Report on the bubonic plague in Bombay, 1896-1897
Year: 1896
Disease focus: Plague
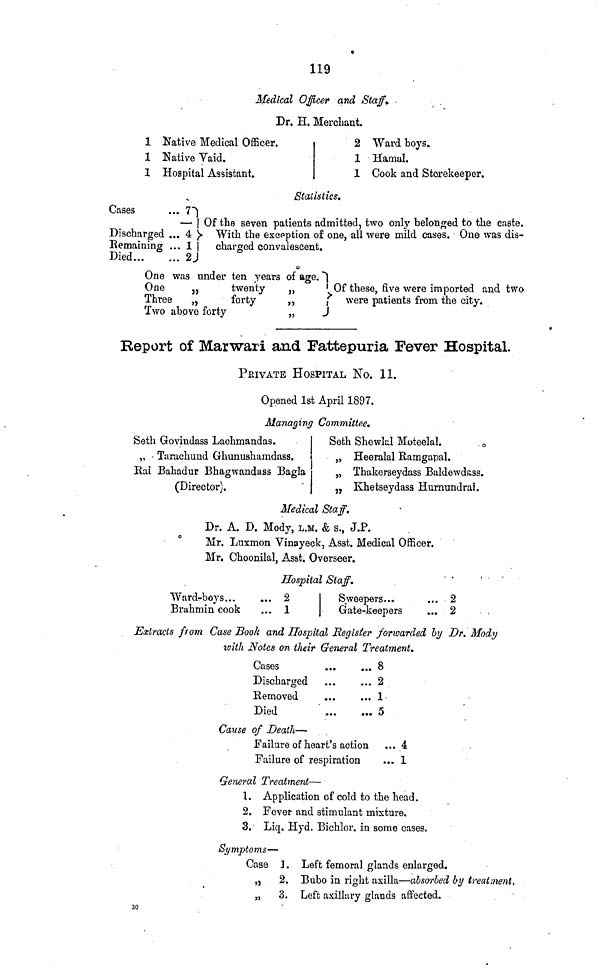
119
Medical Officer and Staff.
Dr. H. Merchant.
1 Native Medical Officer.
1 Native Vaid.
1 Hospital Assistant.
2 Ward boys.
1 Hamal.
1 Cook and Storekeeper.
Cases
Discharged
Remaining
Died...
Statistics.
... 7
— Of the seven patients admitted, two only belonged to the caste.
... 4
With the exception of one, all were mild cases. One was dis-
... 1
charged convalescent.
... 2
One was under ten years of age.
One
,,
twenty ,,
Three
„
forty
„
Two above forty
„
Of these, five were imported and two
were patients from the city.
Report of Marwari and Fattepuria Fever Hospital.
PRIVATE HOSPITAL No. 11.
Opened 1st April 1897.
Managing Committee.
Seth Govindass Lachinandas.
Seth Shewlal Moteelal.
„ Tarachund Ghunushamdass.
„ Heeralal Ramgapal.
Rai Bahadur Bhagwandass Bagla
„ Thakerseydass Baldewdass,
(Director).
„ Khetseydass Hurnundrai.
Medical Staff.
Dr. A. D. Mody, L.M. & s., J.P.
Mr. Luxmon Vinayeck, Asst. Medical Officer.
Mr. Choonilal, Asst. Overseer.
Hospital Staff.
Ward-boys...
Brahmin cook
... 2
... 1
Sweepers...
Gate-keepers
... 2
... 2
Extracts from Case Book and Hospital Regisier forwarded by Dr. Mody
witli Notes on their General Treatment.
Cases
Discharged
Removed
Died
... 8
... 2
... 1
... 5
Cause of Death —
Failure of heart's action
Failure of respiration
...
...
4
1
General Treatment—
1. Application of cold to the head.
2. Fever and stimulant mixture.
3. Liq. Hyd. Bichlor. in some cases.
Symptoms—
Case 1. Left femoral glands enlarged.
,,
2. Bubo in right axilla—absorbed by treatment,
„
3. Left axillary glands affected.
30